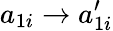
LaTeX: a_{1i}\to a_{1i}^{\prime}